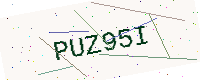
Text: PUZ95I